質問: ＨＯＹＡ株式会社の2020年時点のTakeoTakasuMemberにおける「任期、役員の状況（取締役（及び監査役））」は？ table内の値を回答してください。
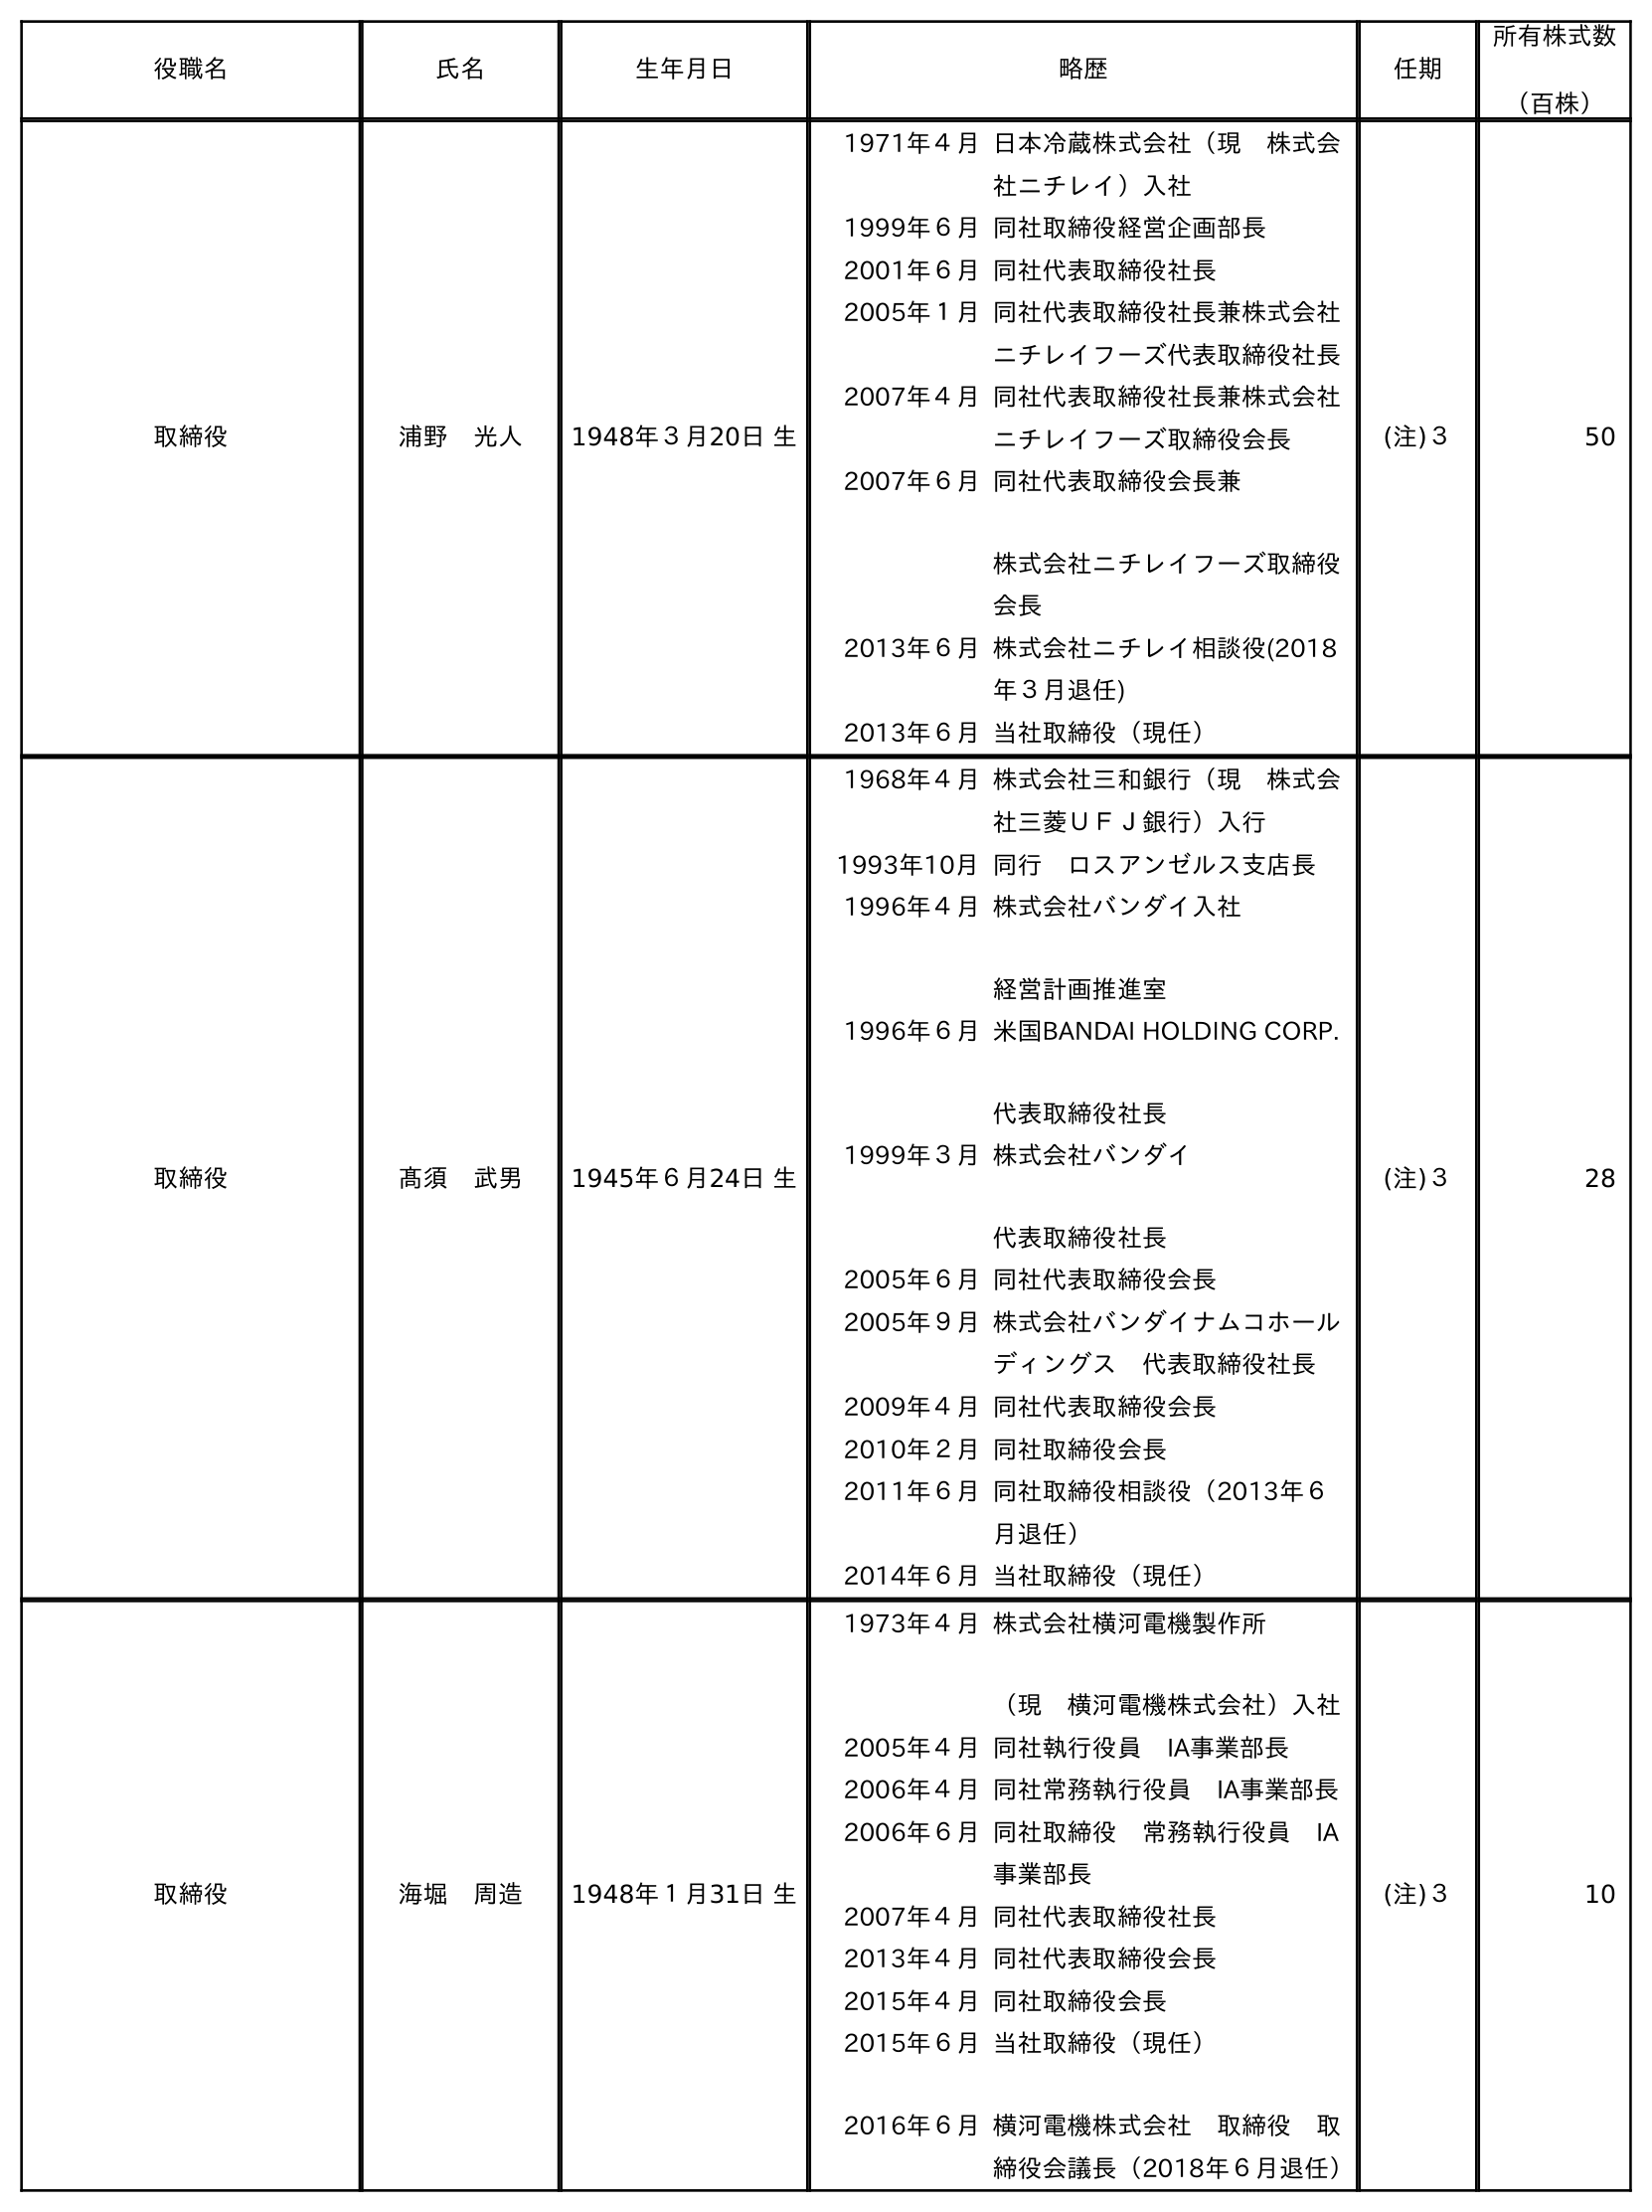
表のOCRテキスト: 役職名 氏名 生年月日 略歴 任期 所有株式数 （百株） 取締役 浦野 光人 1948年３月20日 生 1971年４月日本冷蔵株式会社（現 株式会 社ニチレイ）入社 1999年６月同社取締役経営企画部長 2001年６月同社代表取締役社長 2005年１月同社代表取締役社長兼株式会社 ニチレイフーズ代表取締役社長 2007年４月同社代表取締役社長兼株式会社 ニチレイフーズ取締役会長 2007年６月同社代表取締役会長兼 株式会社ニチレイフーズ取締役 会長 2013年６月株式会社ニチレイ相談役(2018 年３月退任) 2013年６月当社取締役（現任） (注)３ 50 取締役 髙須 武男 1945年６月24日 生 1968年４月株式会社三和銀行（現 株式会 社三菱ＵＦＪ銀行）入行 1993年10月同行 ロスアンゼルス支店長 1996年４月株式会社バンダイ入社 経営計画推進室 1996年６月米国BANDAI HOLDING CORP. 代表取締役社長 1999年３月株式会社バンダイ 代表取締役社長 2005年６月同社代表取締役会長 2005年９月株式会社バンダイナムコホール ディングス 代表取締役社長 2009年４月同社代表取締役会長 2010年２月同社取締役会長 2011年６月同社取締役相談役（2013年６ 月退任） 2014年６月当社取締役（現任） (注)３ 28 取締役 海堀 周造 1948年１月31日 生 1973年４月株式会社横河電機製作所 （現 横河電機株式会社）入社 2005年４月同社執行役員 IA事業部長 2006年４月同社常務執行役員 IA事業部長 2006年６月同社取締役 常務執行役員 IA 事業部長 2007年４月同社代表取締役社長 2013年４月同社代表取締役会長 2015年４月同社取締役会長 2015年６月 2016年６月 当社取締役（現任） 横河電機株式会社 取締役 取 締役会議長（2018年６月退任） (注)３ 10
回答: (注)３